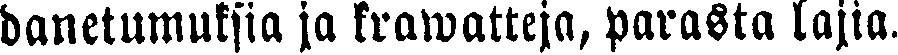
danetumuksia ja krawatteja, parasta lajia.